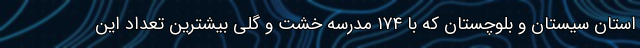
استان سیستان و بلوچستان که با ۱۷۴ مدرسه خشت و گلی بیشترین تعداد این